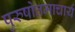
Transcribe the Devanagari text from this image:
पुरुषोत्तमाचार्य